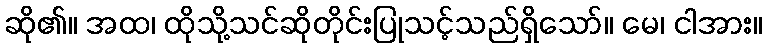
ဆို၏။ အထ၊ ထိုသို့သင်ဆိုတိုင်းပြုသင့်သည်ရှိသော်။ မေ၊ ငါအား။